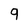
Character: 9